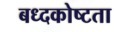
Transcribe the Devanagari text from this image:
बध्दकोष्टता